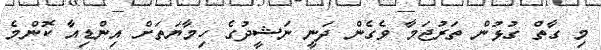
މި ގާތް ގުޅުން ތަރުޖަމާ ވެގެން ދަނީ ނަޝީދުގެ ހިމާޔަތަށް އިންޑިއާ ކޮންމެ